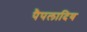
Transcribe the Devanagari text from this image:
पैपलादिय